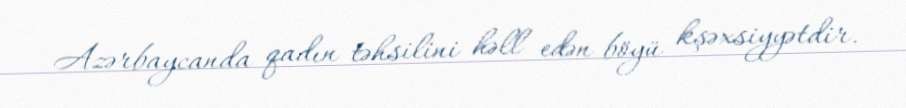
Azərbaycanda qadın təhsilini həll edən böyü kşəxsiyyətdir.